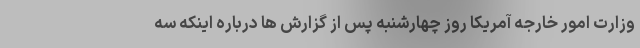
وزارت امور خارجه آمریکا روز چهارشنبه پس از گزارش ها درباره اینکه سه